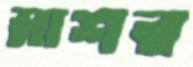
মাশর